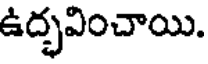
ఉద్భవించాయి.